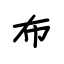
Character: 布